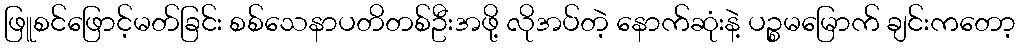
ဖြူစင်ဖြောင့်မတ်ခြင်း စစ်သေနာပတိတစ်ဦးအဖို့ လိုအပ်တဲ့ နောက်ဆုံးနဲ့ ပဉ္စမမြောက် ချင်းကတော့